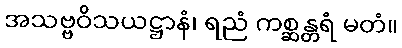
အသဗ္ဗဝိသယဋ္ဌာနံ၊ ရညံ ကစ္ဆန္တရံ မတံ။